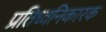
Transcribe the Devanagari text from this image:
प्रतिध्वनिकारक